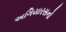
અગિયારસનો